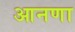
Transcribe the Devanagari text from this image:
आनणा